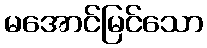
မအောင်မြင်သော